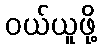
ဝယ်ယူဖို့